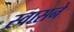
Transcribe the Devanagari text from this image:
स्वासने